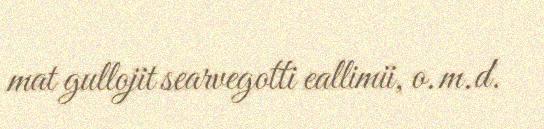
mat gullojit searvegotti eallimii, o.m.d.